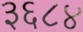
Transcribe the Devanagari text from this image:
३६८४